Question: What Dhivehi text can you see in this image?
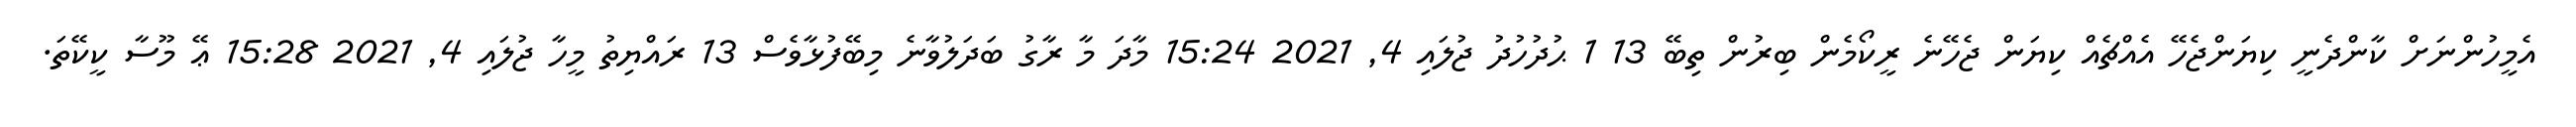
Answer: އެމީހުންނަށް ކާންދެނީ ކިޔަންޖެހޭ އެއްޗެއް ކިޔަން ޖެހޭނެ ރީކޯމެން ބިރުން ތިބޭ 13 1 ޙުދުހުދު ޖުލައި 4, 2021 15:24 މާދަ މާ ރާގު ބަދަލުވާނެ މިބޭފުޅާވެސް 13 ރައްޔިތު މީހާ ޖުލައި 4, 2021 15:28 ޢޭ މޫސާ ކީކޭތަ.